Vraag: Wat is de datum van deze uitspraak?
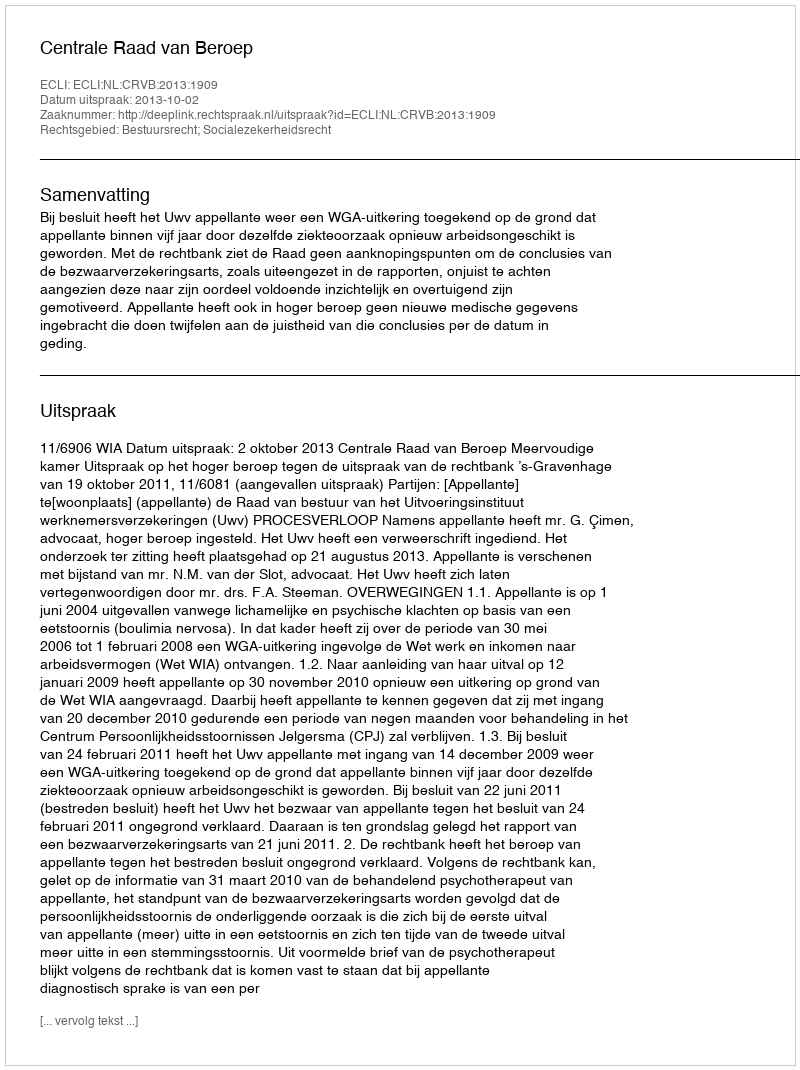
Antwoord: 2013-10-02